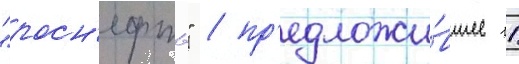
"росн'ефть" / пр'едложи́вшее 11